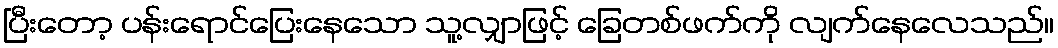
ပြီးတော့ ပန်းရောင်ပြေးနေသော သူ့လျှာဖြင့် ခြေတစ်ဖက်ကို လျက်နေလေသည်။